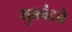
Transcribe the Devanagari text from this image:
युक्रांदचे